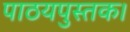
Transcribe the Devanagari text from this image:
पाठयपुस्तक।